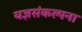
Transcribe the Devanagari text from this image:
यज्ञसंकल्पना